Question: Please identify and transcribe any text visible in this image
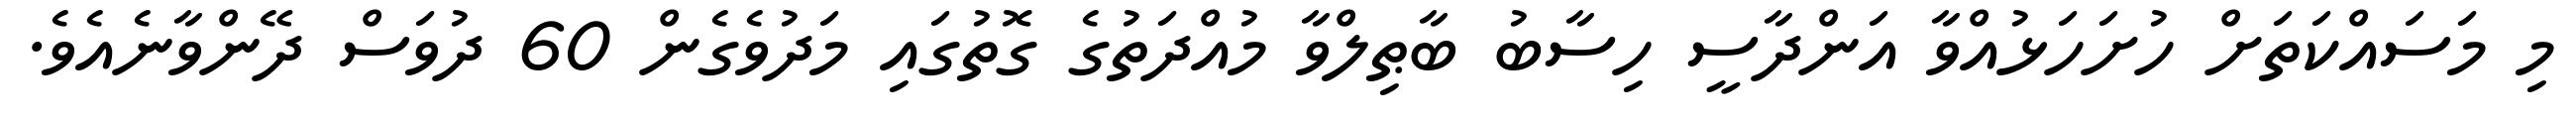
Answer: މި މަސައްކަތަށް ހުށަހަޅުއްވާ އަންދާސީ ހިސާބު ބާޠިލްވާ މުއްދަތުގެ ގޮތުގައި މަދުވެގެން 60 ދުވަސް ދޭންވާނެއެވެ.